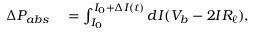
\begin{array} { r l } { \Delta P _ { a b s } } & { { } = \int _ { I _ { 0 } } ^ { I _ { 0 } + \Delta I ( t ) } \mathop { d I } ( V _ { b } - 2 I R _ { \ell } ) , } \end{array}